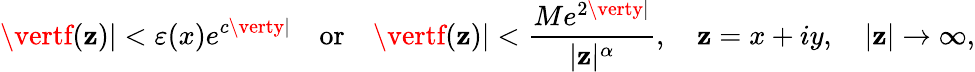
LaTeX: \vertf(\mathbf{z})\vert<\varepsilon(x)e^{c\verty\vert}\quad\textrm{{or}}\quad\vertf(\mathbf{z})\vert<\frac{{Me^{2\verty\vert}}}{{\vert\mathbf{z}\vert^{\alpha}}},\quad\mathbf{z}=x+iy,\quad\vert\mathbf{z}\vert\to\infty,